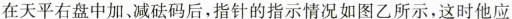
在天平右盘中加、减砝码后，指针的指示情况如图乙所示，这时他应